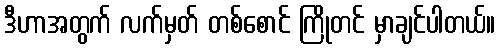
ဒီဟာအတွက် လက်မှတ် တစ်စောင် ကြိုတင် မှာချင်ပါတယ်။